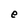
Character: e